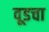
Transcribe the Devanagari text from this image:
वूडचा